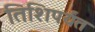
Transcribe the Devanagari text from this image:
तिशिपर्यंत